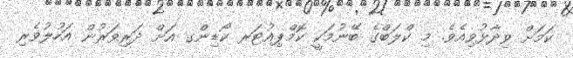
ކަމަށް ވިދާޅުވިއެވެ. މި ކްލަބްގެ ބޭނުމަކީ ކޮމްޕިއުޓަރ ކޯޑިންގ އަށް ދަރިވަރުން އަހުލުވެރި